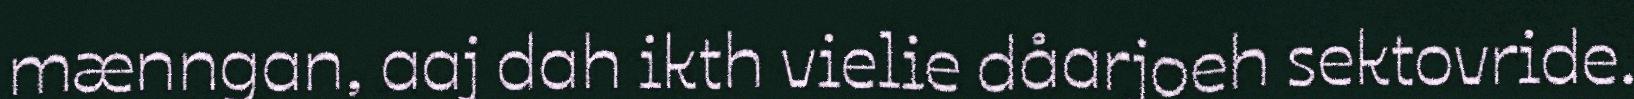
mænngan, aaj dah ikth vielie dåarjoeh sektovride.